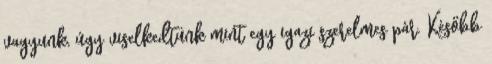
vagyunk, úgy viselkedtünk mint egy igazi szerelmes pár. Később